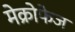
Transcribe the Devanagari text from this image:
मेक्रोफेज